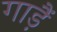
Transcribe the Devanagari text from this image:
गाड़ैं